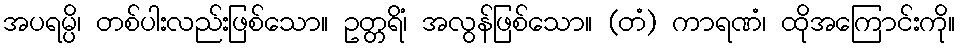
အပရမ္ပိ၊ တစ်ပါးလည်းဖြစ်သော။ ဥတ္တရိံ၊ အလွန်ဖြစ်သော။ (တံ) ကာရဏံ၊ ထိုအကြောင်းကို။